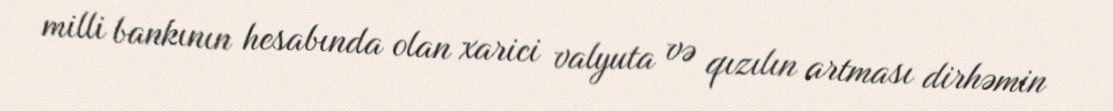
milli bankının hesabında olan xarici valyuta və qızılın artması dirhəmin